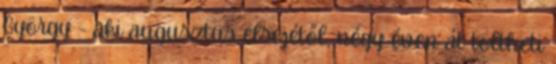
György - aki augusztus elsejétől, négy éven át töltheti